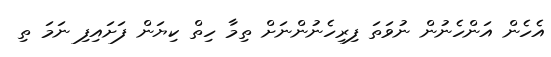
އެހެން އަންހެނުން ނުވަތަ ފިރިހެނުންނަށް ތިމާ ހިތް ކިޔަން ފަށައިފި ނަމަ ތި